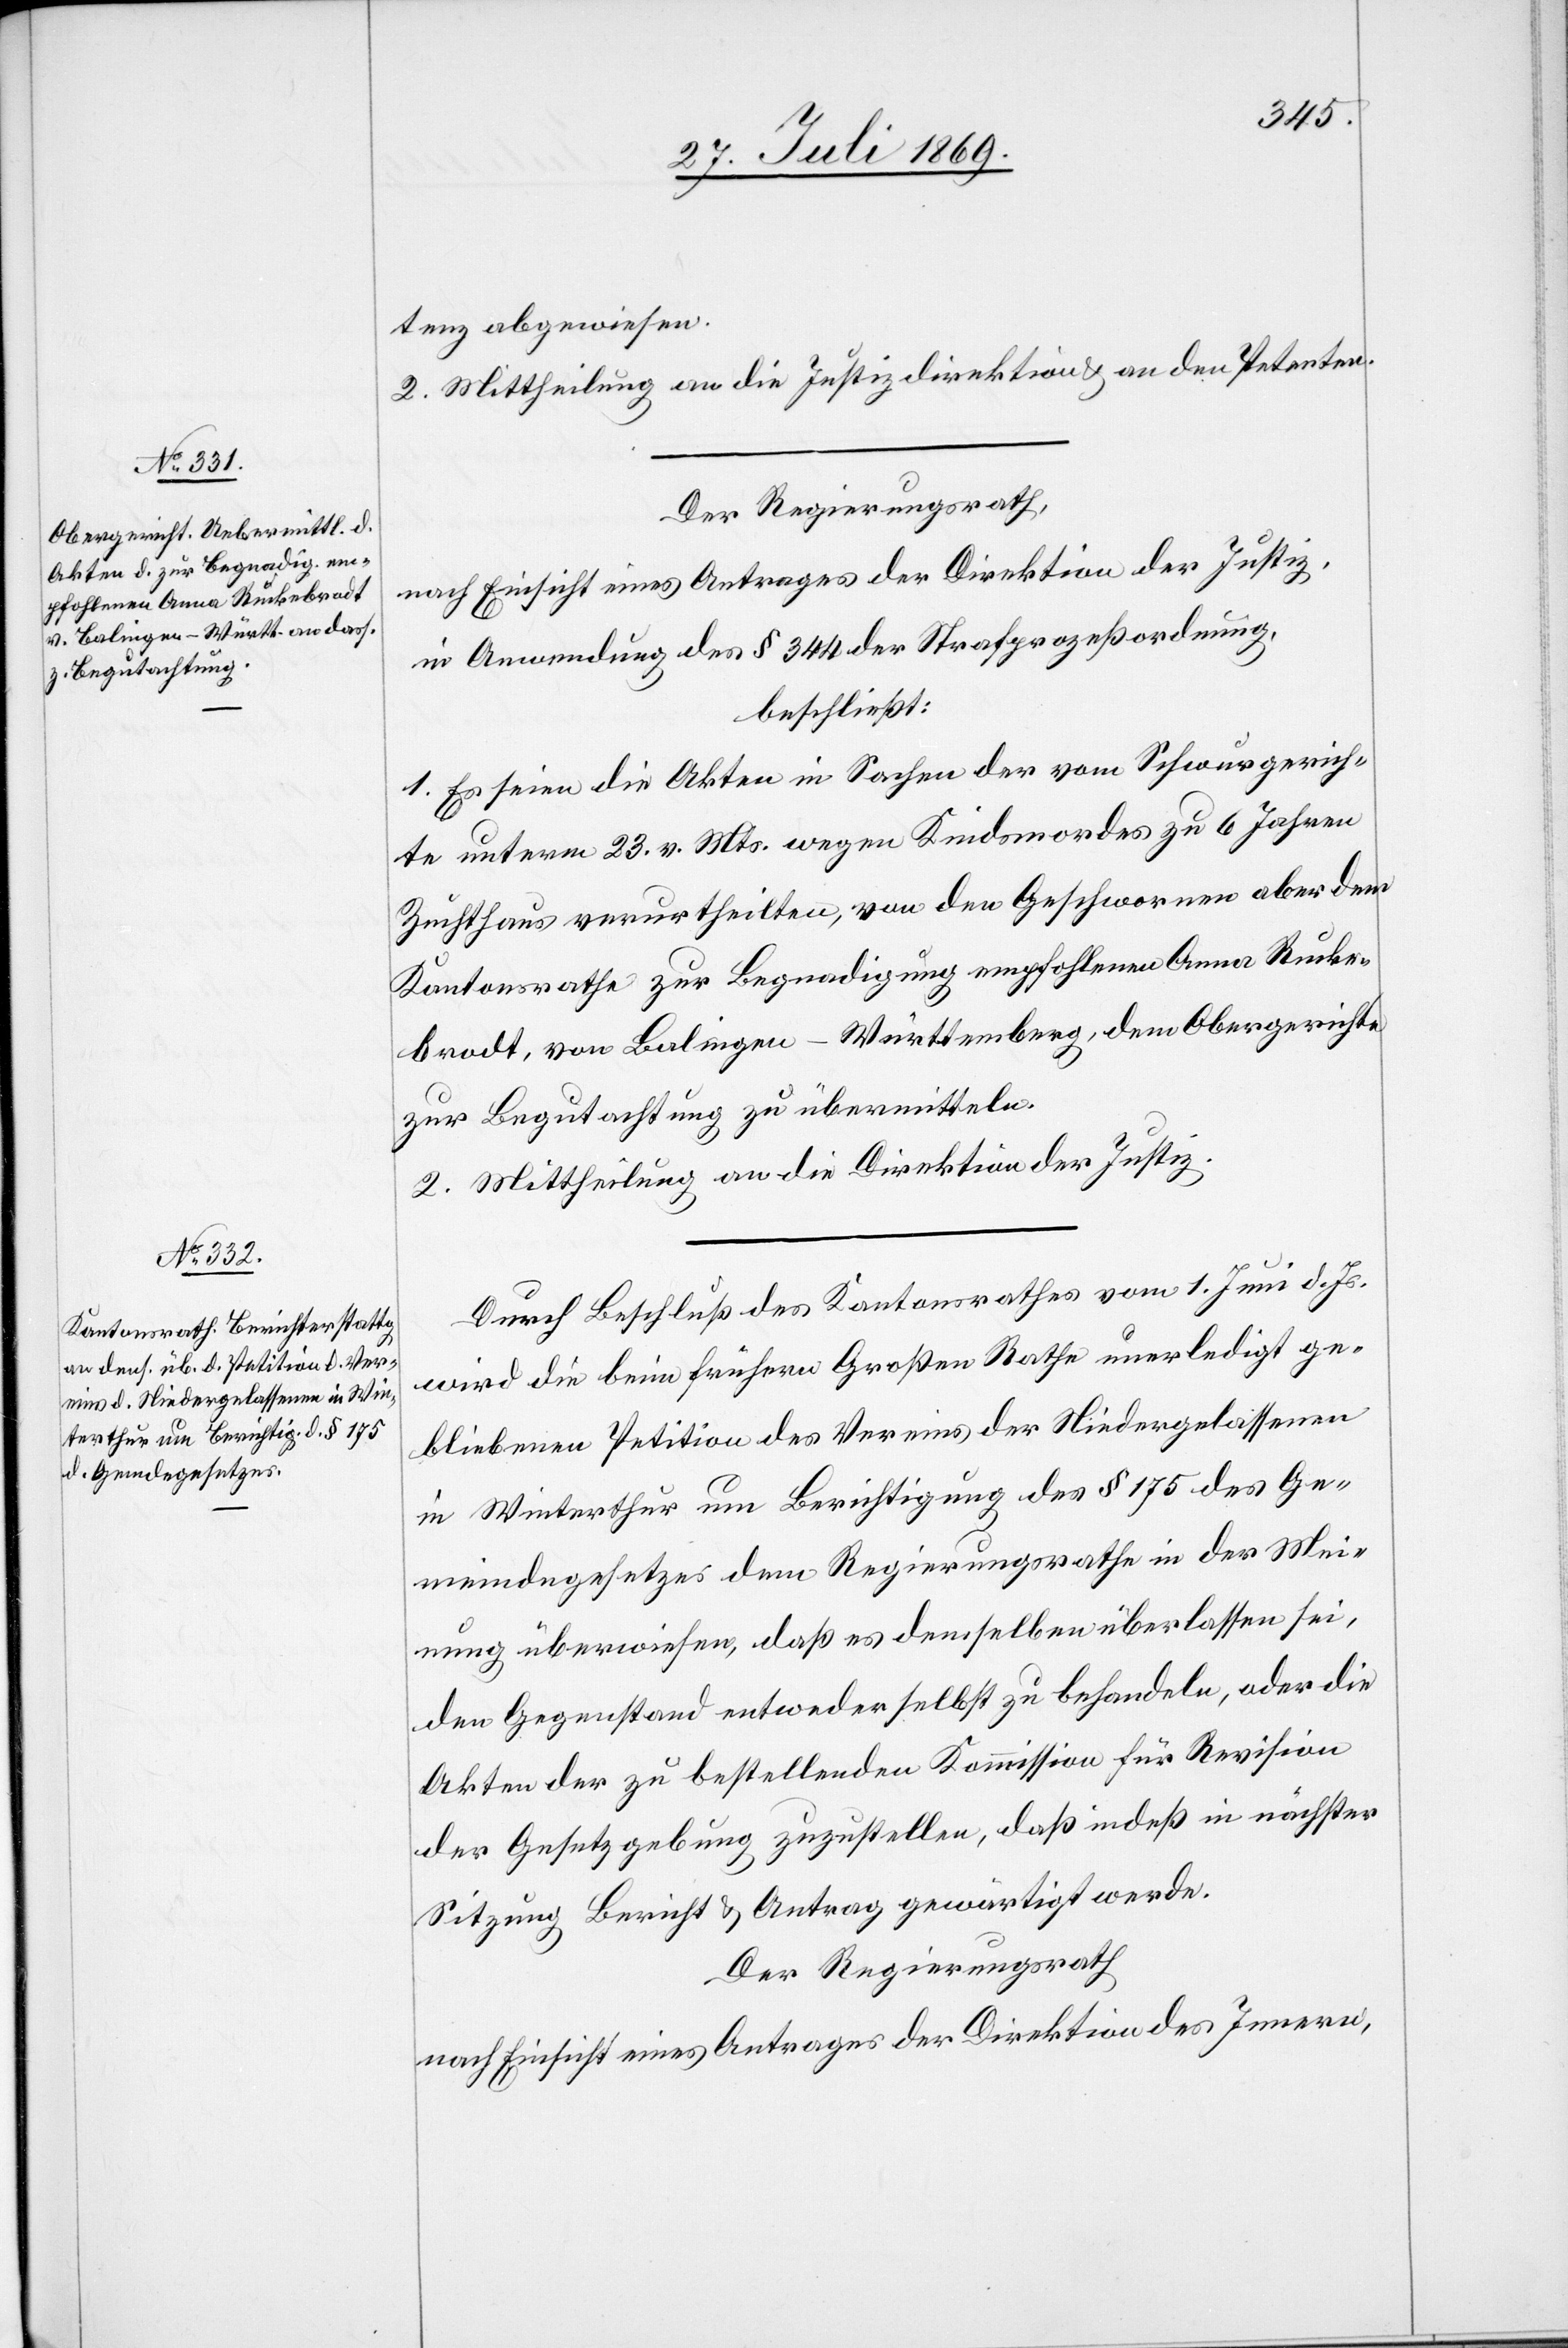
tenz abgewiesen.
2. Mittheilung an die Justizdirektion u. an den Petenten.
Der Regierungsrath,
nach Einsicht eines Antrages der Direktion der Justiz,
in Anwendung des § 344 der Strafprozeßordnung,
beschließt:
1. Es seien die Akten in Sachen der vom Schwurgerich¬
te unterm 23 v. Mts. wegen Kindsmordes zu 6 Jahren
Zuchthaus verurtheilten, von den Geschworenen aber dem
Kantonsrathe zur Begnadigung empfohlenen Anna Rucke¬
brandt, von Balingen-Württemberg, dem Obergerichte
zur Begutachtung zu übermitteln.
2. Mittheilung an die Direktion der Justiz.
Durch Beschluß des Kantonsrathes vom 1 Juni d. Js.
wird die beim frühern Großen Rathe unerledigt ge¬
bliebene Petition des Vereins der Niedergelassenen
in Winterthur um Berichtigung des § 175 des Ge¬
meindegesetzes dem Regierungsrathe in der Mei¬
nung überwiesen, daß es demselben überlassen sei,
den Gegenstand entweder selbst zu behandeln, oder die
Akten der zu bestellenden Kommission für Revision
der Gesetzgebung zuzustellen, daß indeß in nächster
Sitzung Bericht u. Antrag gewärtigt werde.
Der Regierungsrath
nach Einsicht eines Antrages der Direktion des Innern,